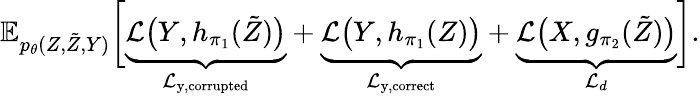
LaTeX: \mathbb{E}_{p_{\theta}(Z,\tilde{Z},Y)}\bigg[\underbrace{\mathcal{L}\big(Y,h_{\pi_{1}}(\tilde{Z})\big)}_{\mathcal{L}_{\mathrm{y,corrupted}}}+\underbrace{\mathcal{L}\big(Y,h_{\pi_{1}}(Z)\big)}_{\mathcal{L}_{\mathrm{y,correct}}}+\underbrace{\mathcal{L}\big(X,g_{\pi_{2}}(\tilde{Z})\big)}_{\mathcal{L}_{d}}\bigg].